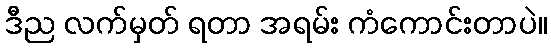
ဒီည လက်မှတ် ရတာ အရမ်း ကံကောင်းတာပဲ။